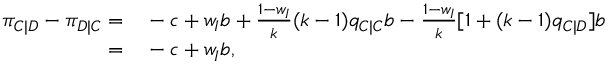
\begin{array} { r l } { \pi _ { C | D } - \pi _ { D | C } = } & { { } - c + w _ { I } b + \frac { 1 - w _ { I } } { k } ( k - 1 ) q _ { C | C } b - \frac { 1 - w _ { I } } { k } [ 1 + ( k - 1 ) q _ { C | D } ] b } \\ { = } & { { } - c + w _ { I } b , } \end{array}